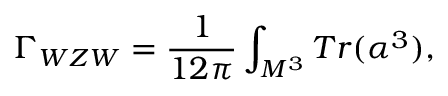
\Gamma _ { W Z W } = \frac { 1 } { 1 2 \pi } \int _ { M ^ { 3 } } T r ( \alpha ^ { 3 } ) ,